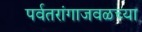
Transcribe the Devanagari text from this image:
पर्वतरांगाजवळच्या